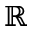
\mathbb { R }